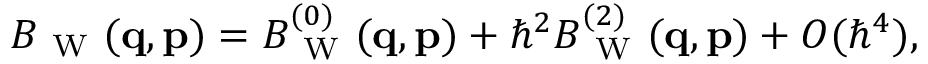
\begin{array} { r } { B _ { \mathrm { ~ W ~ } } ( \ensuremath { \mathbf { q } } , \ensuremath { \mathbf { p } } ) = B _ { \mathrm { ~ W ~ } } ^ { ( 0 ) } ( \ensuremath { \mathbf { q } } , \ensuremath { \mathbf { p } } ) + \hbar ^ { 2 } B _ { \mathrm { ~ W ~ } } ^ { ( 2 ) } ( \ensuremath { \mathbf { q } } , \ensuremath { \mathbf { p } } ) + O ( \hbar ^ { 4 } ) , } \end{array}